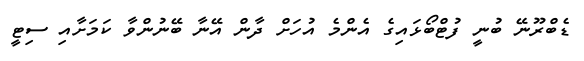
ޑެބްރޫނޭ ބުނީ ފުޓްބޯޅައިގެ އެންމެ އުހަށް ދާން އޭނާ ބޭނުންވާ ކަމަށާއި ސިޓީ